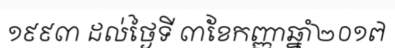
១៩៩៣ ដល់ថ្ងៃទី ៣ខែកញ្ញាឆ្នាំ២០១៧